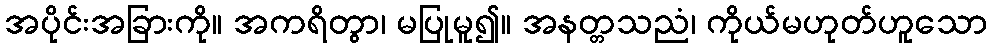
အပိုင်းအခြားကို။ အကရိတွာ၊ မပြုမူ၍။ အနတ္တသညံ၊ ကိုယ်မဟုတ်ဟူသော